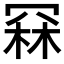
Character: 𮰅